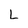
Character: L